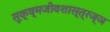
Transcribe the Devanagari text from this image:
सूक्ष्मजीवशास्त्रज्ञ